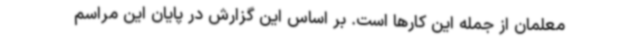
معلمان از جمله این کارها است. بر اساس این گزارش در پایان این مراسم